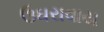
ઉઘરાવાય